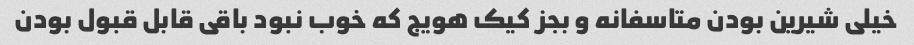
خیلی شیرین بودن متاسفانه و بجز کیک هویج که خوب نبود باقی قابل قبول بودن